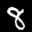
Label: 8